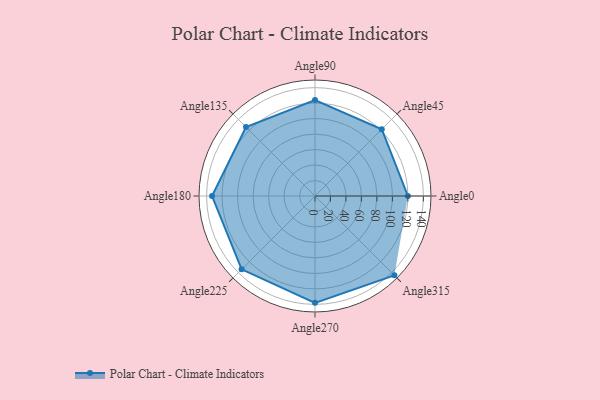
{"axis": {"x": "Angle", "y": "Radius"}, "legend": [""], "data": [{"x": "Angle0", "y": 120.0, "type": ""}, {"x": "Angle45", "y": 122.0, "type": ""}, {"x": "Angle90", "y": 124.0, "type": ""}, {"x": "Angle135", "y": 126.0, "type": ""}, {"x": "Angle180", "y": 133.0, "type": ""}, {"x": "Angle225", "y": 134.0, "type": ""}, {"x": "Angle270", "y": 138.0, "type": ""}, {"x": "Angle315", "y": 145.0, "type": ""}]}